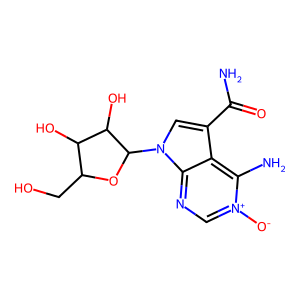
SMILES: NC(=O)c1cn(C2OC(CO)C(O)C2O)c2nc[n+]([O-])c(N)c12
Inhibits HIV replication: No